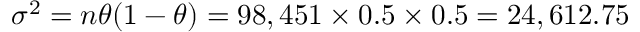
\textstyle \sigma ^ { 2 } = n \theta ( 1 - \theta ) = 9 8 , 4 5 1 \times 0 . 5 \times 0 . 5 = 2 4 , 6 1 2 . 7 5